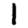
Digit: 1